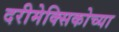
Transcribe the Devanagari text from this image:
दरीमेक्सिकोच्या